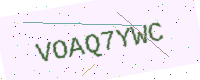
Text: VOAQ7YWC